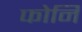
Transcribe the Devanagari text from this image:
फोर्नि